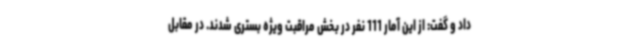
داد و گفت: از این آمار 111 نفر در بخش مراقبت ویژه بستری شدند. در مقابل